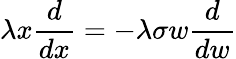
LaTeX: \lambda x\frac{d}{dx}=-\lambda\sigma w\frac{d}{dw}